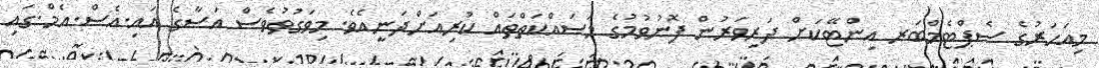
މިއަހަރުގެ ސެޕްޓެމްބަރ އިންޓޭކަށް ދަރިވަރުން ފޮނުވުމުގެ މަސައްކަތްތައް ކުރިއަށްދަނީއެވެ. މިވަގުތުވެސް އަސާގެ އައި.އެސް.އެމް.ގައި